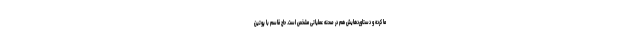
ما کرده و دستاوردهایش هم در صحنه عملیاتی مشخص است. حاج قاسم با پوتین